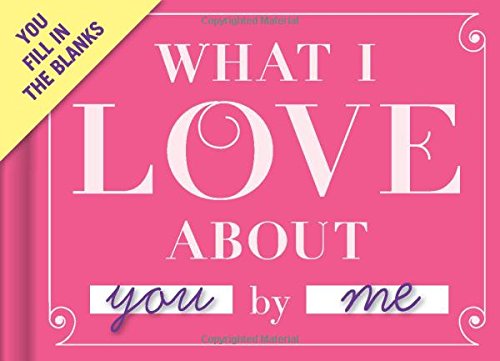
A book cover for Knock Knock What I Love About You Fill-in-the-Blank Journal; Knock Knock; Crafts, Hobbies & Home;